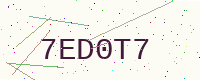
Text: 7ED0T7